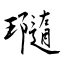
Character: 瓍